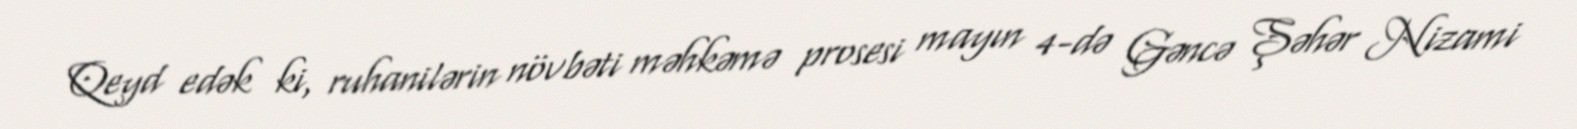
Qeyd edək ki, ruhanilərin növbəti məhkəmə prosesi mayın 4-də Gəncə Şəhər Nizami